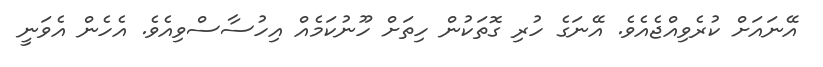
އޭނައަށް ކުރެވިއްޖެއެވެ. އޭނަގެ ހުރި ގޮތަކުން ހިތަށް ހޫނުކަމެއް އިހުސާސްވިއެވެ. އެހެން އެވަނީ